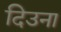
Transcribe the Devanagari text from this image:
दिउना